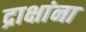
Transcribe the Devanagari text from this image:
द्राक्षांना